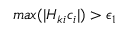
m a x ( | H _ { k i } c _ { i } | ) > \epsilon _ { 1 }